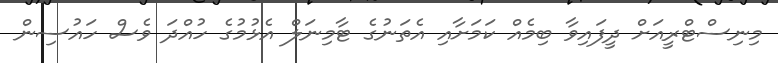
މިނިސްޓްރީއަށް ދީފައިވާ ބިމެއް ކަމަށާއި އެތަނުގެ ޓާމިނަލް އެޅުމުގެ ހުއްދަ ވެސް ހައުސިން